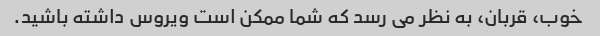
خوب، قربان، به نظر می رسد که شما ممکن است ویروس داشته باشید.